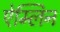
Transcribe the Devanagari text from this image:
ऐम्लिन